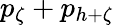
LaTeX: p_{\zeta}+p_{h+\zeta}